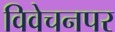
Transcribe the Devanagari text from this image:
विवेचनपर